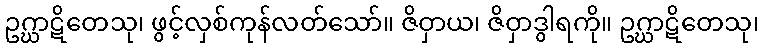
ဥဂ္ဃာဋိတေသု၊ ဖွင့်လှစ်ကုန်လတ်သော်။ ဇိဝှာယ၊ ဇိဝှာဒွါရကို။ ဥဂ္ဃာဋိတေသု၊